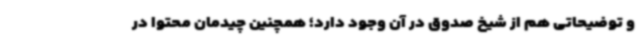
و توضیحاتی هم از شیخ صدوق در آن وجود دارد؛ همچنین چیدمان محتوا در